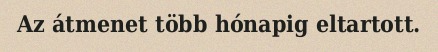
Az átmenet több hónapig eltartott.